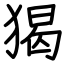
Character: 猲